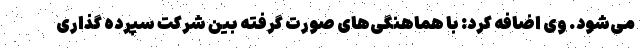
می‌شود. وی اضافه کرد: با هماهنگی‌های صورت گرفته بین شرکت سپرده گذاری